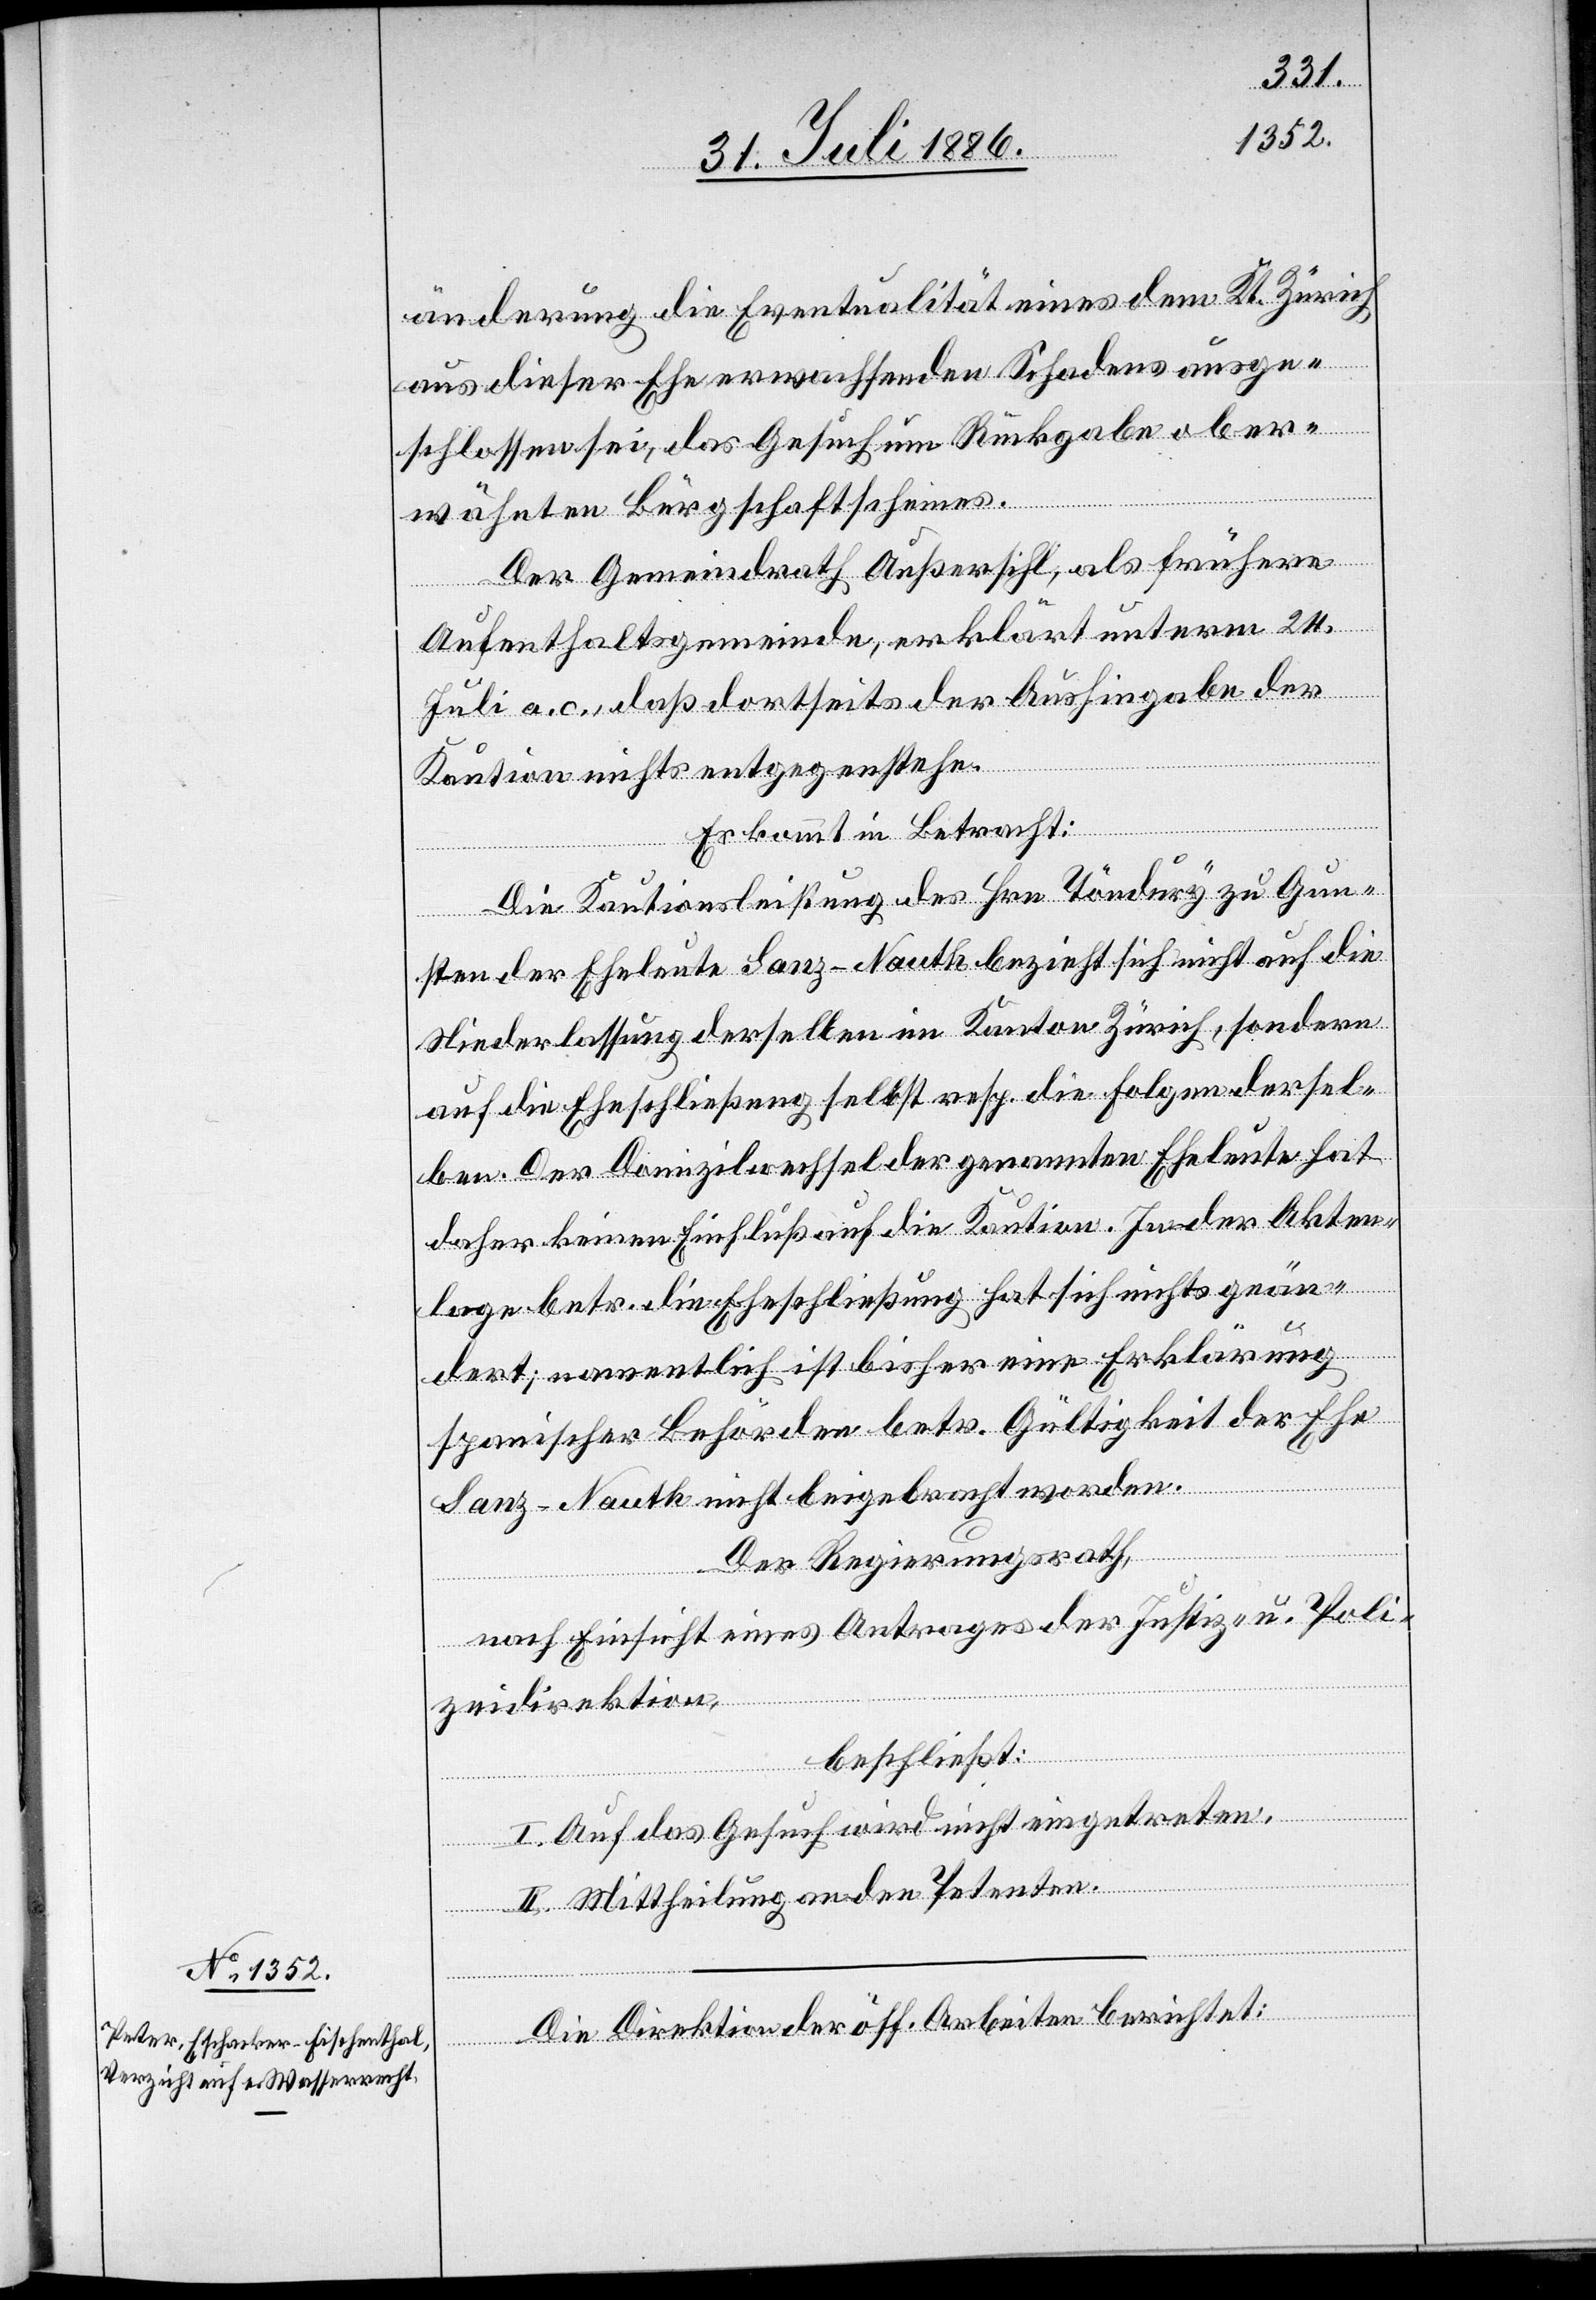
änderung die Eventualität eines dem Kt. Zürich
aus dieser Ehe erwachsenden Schadens ausge¬
schlossen sei, das Gesuch um Rückgabe ober¬
wähnten Bürgschaftscheines.
Der Gemeindrath Außersihl, als frühere
Aufenthaltsgemeinde, erklärt unterm 24.
Juli a. c., daß dortseits der Aushingabe der
Kaution nichts entgegenstehe.
Es kommt in Betracht:
Die Kautionsleistung des Hrn. Töndury zu Gun¬
sten der Eheleute Sanz-Nauth bezieht sich nicht auf die
Niederlassung derselben im Kanton Zürich, sondern
auf die Eheschließung selbst resp. die Folgen dersel¬
ben. Der Domizilwechsel der genannten Eheleute hat
daher keinen Einfluß auf die Kaution. In der Akten¬
lage betr. die Eheschließung hat sich nichts geän¬
dert; namentlich ist bisher eine Erklärung
spanischer Behörden betr. Gültigkeit der Ehe
berichtet:
Sanz-Nauth nicht beigebracht worden.
Der Regierungsrath,
nach Einsicht eines Antrages der Justiz- u. Poli¬
zeidirektion,
beschließt:
I. Auf das Gesuch wird nicht eingetreten.
II. Mittheilung an den Petenten.
der